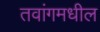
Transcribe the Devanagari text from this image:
तवांगमधील